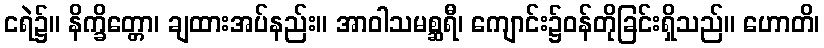
ငရဲ၌။ နိက္ခိတ္တော၊ ချထားအပ်နည်း။ အာဝါသမစ္ဆရီ၊ ကျောင်း၌ဝန်တိုခြင်းရှိသည်။ ဟောတိ၊